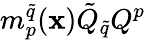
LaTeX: m_{p}^{\tilde{q}}({\mathbf x})\tilde{Q}_{\tilde{q}}Q^{p}